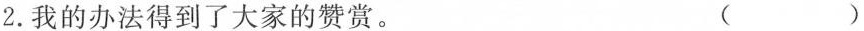
2.我的办法得到了大家的赞赏。 （）